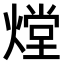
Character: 𤎌